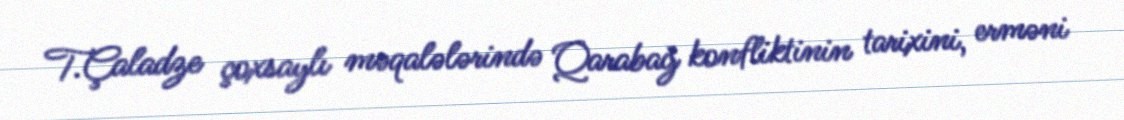
T.Çaladze çoxsaylı məqalələrində Qarabağ konfliktinin tarixini, erməni